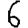
Digit: 6